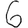
Digit: 6